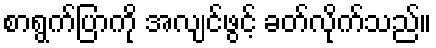
စာရွက်ပြာကို အလျင်ဖွင့် ခတ်လိုက်သည်။